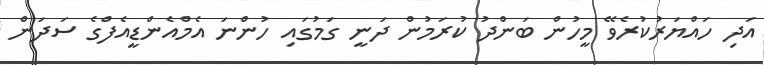
އަދި ހައްޔަރުކުރެވޭ މީހުން ބަންދު ކުރަމުން ދަނީ ގަމުގައި ހުންނަ އެމްއެންޑީއެފްގެ ސަދަން